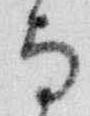
与